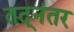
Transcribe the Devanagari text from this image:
तद्‌नंतर